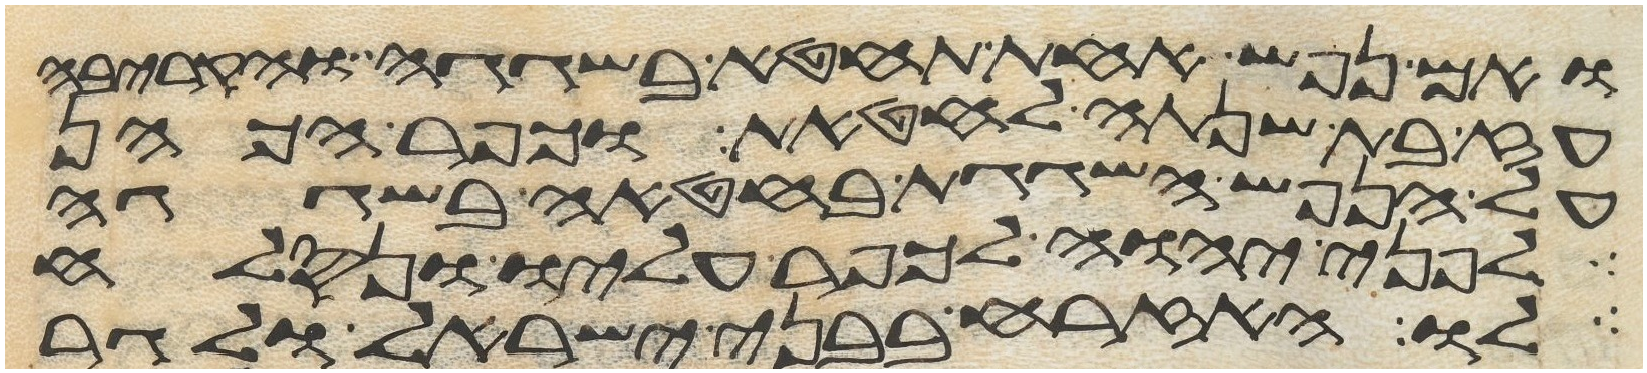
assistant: ואם נפש אחת תחטא בשגגה והקריבה
עז בת שנתה לחטאת וכפר הכהן
על הנפש השגגת בחטאה בשגגה
לפני יהוה לכפר עליו ונסלח
לו האזרח בבני ישראל ולגר